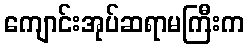
ကျောင်းအုပ်ဆရာမကြီးက